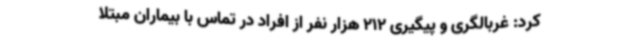
کرد: غربالگری و پیگیری 212 هزار نفر از افراد در تماس با بیماران مبتلا